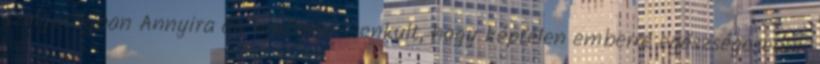
szolgaságban Annyira úri emberré csonkult, hogy képtelen emberré egészségesedni.